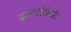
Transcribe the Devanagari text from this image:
ज्ञानविद्या